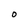
Character: O